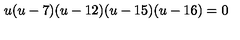
u ( u - 7 ) ( u - 1 2 ) ( u - 1 5 ) ( u - 1 6 ) = 0